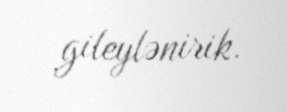
gileylənirik.